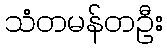
သံတမန်တဦး